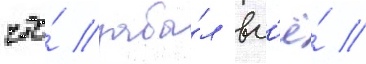
что́ забы́л вс'ё́ /